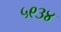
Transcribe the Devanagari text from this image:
५९३४